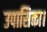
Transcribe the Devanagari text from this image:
उपासिका।